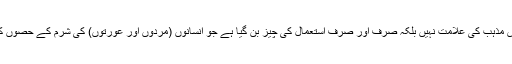
اس سے دوسرے ادیان کی طرح لباس مذہب کی علامت نہیں بلکہ صرف اور صرف استعمال کی چیز بن گیا ہے جو انسانوں (مردوں اور عورتوں) کی شرم کے حصوں کو ڈھانپے اور زینت کے کام آتا ہے۔